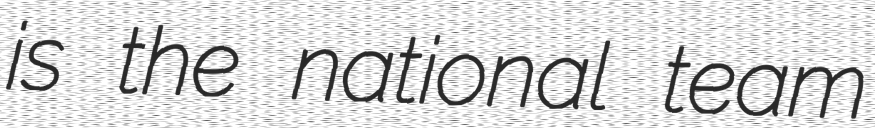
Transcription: is the national team